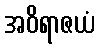
အဝိရာဇယံ